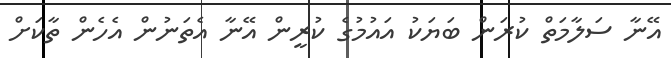
އޭނާ ސަލާމަތް ކުރަން ބަޔަކު އައުމުގެ ކުރީން އޭނާ އެތަނުން އެހެން ތާކަށް